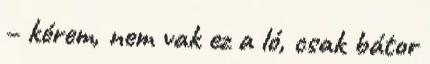
– kérem, nem vak ez a ló, csak bátor